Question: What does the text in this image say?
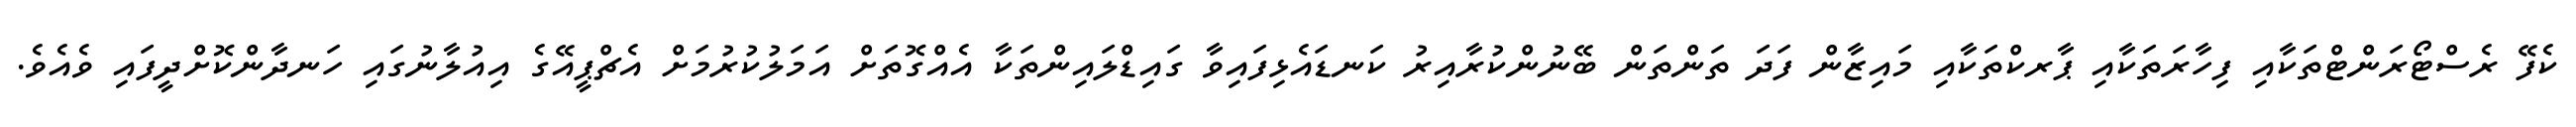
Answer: ކެފޭ ރެސްޓޯރަންޓްތަކާއި ފިހާރަތަކާއި ޕާރކްތަކާއި މައިޒާން ފަދަ ތަންތަން ބޭނުންކުރާއިރު ކަނޑައެޅިފައިވާ ގައިޑްލައިންތަކާ އެއްގޮތަށް އަމަލުކުރުމަށް އެޗްޕީއޭގެ އިއުލާނުގައި ހަނދާންކޮށްދީފައި ވެއެވެ.